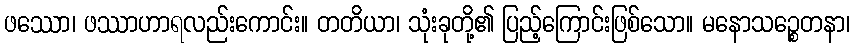
ဖဿော၊ ဖဿာဟာရလည်းကောင်း။ တတိယာ၊ သုံးခုတို့၏ ပြည့်ကြောင်းဖြစ်သော။ မနောသဉ္စေတနာ၊